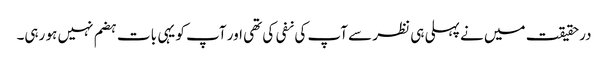
درحقیقت میں نے پہلی ہی نظر سے آپ کی نفی کی تھی اور آپ کو یہی بات ہضم نہیں ہو رہی۔